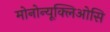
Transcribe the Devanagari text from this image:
मोनोन्यूक्लिओसि